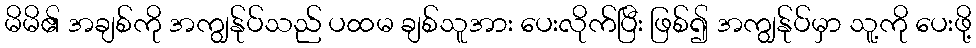
မိမိ၏ အချစ်ကို အကျွန်ုပ်သည် ပထမ ချစ်သူအား ပေးလိုက်ပြီး ဖြစ်၍ အကျွန်ုပ်မှာ သူ့ကို ပေးဖို့